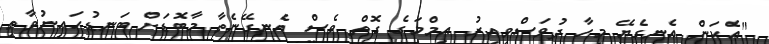
"އެކަން އެނގެޔޭ މިހާ ދުވަސްވީއިރު އިމްމަގެ ގޮތް ވެސް އެނގޭނެތާ މާބޮޑަށް ބަނޑުހައިނުވާތީ